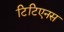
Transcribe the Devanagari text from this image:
टिटिएनस